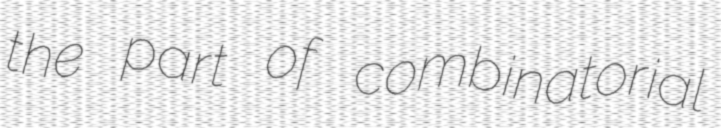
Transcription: the part of combinatorial